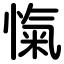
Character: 愾